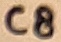
Text: C8